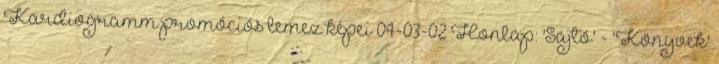
Kardiogramm promóciós lemez képei 04-03-02 Honlap: 'Sajtó' - 'Könyvek'